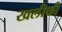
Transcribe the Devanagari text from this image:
खलीफी